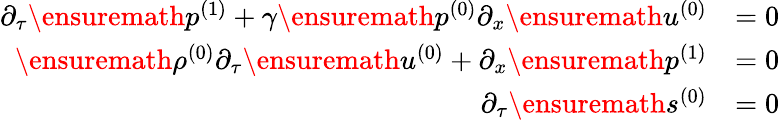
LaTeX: \begin{array}{rl}{\partial_{\tau}\ensuremath{p^{(1)}}+\gamma\ensuremath{p^{(0)}}\partial_{x}\ensuremath{u^{(0)}}}&{=0}\\ {\ensuremath{\rho^{(0)}}\partial_{\tau}\ensuremath{u^{(0)}}+\partial_{x}\ensuremath{p^{(1)}}}&{=0}\\ {\partial_{\tau}\ensuremath{s^{(0)}}}&{=0}\end{array}